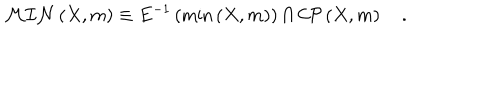
LaTeX: { \cal M I N } \left( X , m \right) \equiv E ^ { - 1 } \left( \min \left( X , m \right) \right) \cap { \cal C P } \left( X , m \right) \quad .